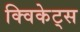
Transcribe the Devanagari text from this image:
क्विकेट्स